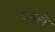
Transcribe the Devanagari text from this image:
उडले